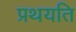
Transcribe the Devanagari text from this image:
प्रथयति